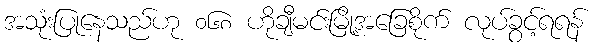
အသုံးပြုနေသည်ဟု ၀၆၈ ဟိုချီမင်းမြို့အခြေစိုက် လုပ်ခွင့်ရရန်